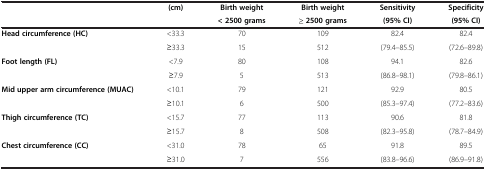
<table><thead><tr><td><b> </b></td><td><b>(cm)</b></td><td><b>Birth weight</b></td><td><b>Birth weight</b></td><td><b>Sensitivity</b></td><td><b>Specificity</b></td></tr><tr><td><b> </b></td><td><b> </b></td><td><b>&lt; 2500 grams</b></td><td><b>≥ 2500 grams</b></td><td><b>(95% CI)</b></td><td><b>(95% CI)</b></td></tr></thead><tbody><tr><td rowspan="2"><b>Head circumference (HC)</b></td><td>&lt;33.3</td><td>70</td><td>109</td><td>82.4</td><td>82.4</td></tr><tr><td>≥33.3</td><td>15</td><td>512</td><td>(79.4–85.5)</td><td>(72.6–89.8)</td></tr><tr><td rowspan="2"><b>Foot length (FL)</b></td><td>&lt;7.9</td><td>80</td><td>108</td><td>94.1</td><td>82.6</td></tr><tr><td>≥7.9</td><td>5</td><td>513</td><td>(86.8–98.1)</td><td>(79.8–86.1)</td></tr><tr><td rowspan="2"><b>Mid upper arm circumference (MUAC)</b></td><td>&lt;10.1</td><td>79</td><td>121</td><td>92.9</td><td>80.5</td></tr><tr><td>≥10.1</td><td>6</td><td>500</td><td>(85.3–97.4)</td><td>(77.2–83.6)</td></tr><tr><td rowspan="2"><b>Thigh circumference (TC)</b></td><td>&lt;15.7</td><td>77</td><td>113</td><td>90.6</td><td>81.8</td></tr><tr><td>≥15.7</td><td>8</td><td>508</td><td>(82.3–95.8)</td><td>(78.7–84.9)</td></tr><tr><td><b>Chest circumference (CC)</b></td><td>&lt;31.0</td><td>78</td><td>65</td><td>91.8</td><td>89.5</td></tr><tr><td> </td><td>≥31.0</td><td>7</td><td>556</td><td>(83.8–96.6)</td><td>(86.9–91.8)</td></tr></tbody></table>